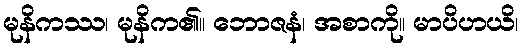
မုနိကဿ၊ မုနိက၏။ ဘောဇနံ၊ အစာကို။ မာပိဟယိ၊